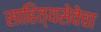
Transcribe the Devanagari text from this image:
साहित्यसेवेचा